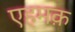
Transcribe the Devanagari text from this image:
एहमक़